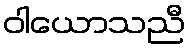
ဝါယောသညီ